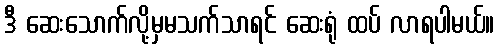
ဒီ ဆေးသောက်လို့မှမသက်သာရင် ဆေးရုံ ထပ် လာရပါမယ်။